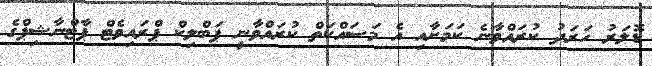
ޑޮލަރު ހަރަދު ކުރައްވާނެ ކަމަށާއި އެ މަސައްކަތް ކުރައްވާނީ ޕަބްލިކް ޕްރައިވެޓް ޕާޓްނާޝިޕްގެ